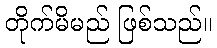
တိုက်မိမည် ဖြစ်သည်။